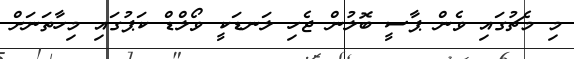
މި މެޗުގައި ވެން ޕާސީ ބޮލުން ޖެހި ލަނޑަކީ ވޯލްޑް ކަޕުގައި މިހާތަނަށް